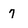
Character: 7